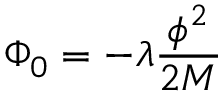
\Phi _ { 0 } = - \lambda \frac { \phi ^ { 2 } } { 2 M }